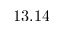
1 3 . 1 4